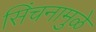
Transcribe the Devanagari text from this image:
सिंचनामुळे